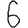
Digit: 6